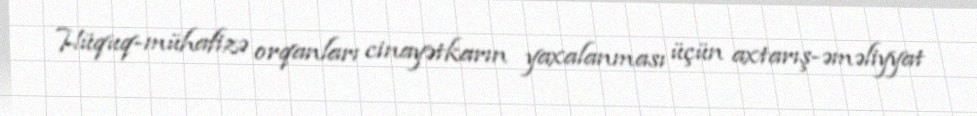
Hüquq-mühafizə orqanları cinayətkarın yaxalanması üçün axtarış-əməliyyat